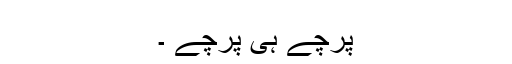
پرچے ہی پرچے ۔